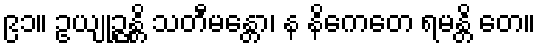
၉၁။ ဥယျုဉ္ဇန္တိ သတီမန္တော၊ န နိကေတေ ရမန္တိ တေ။